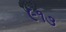
૯૧૩